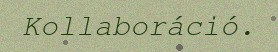
Kollaboráció.